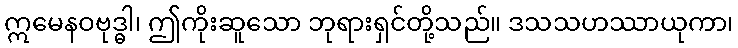
ဣမေနဝဗုဒ္ဓါ၊ ဤကိုးဆူသော ဘုရားရှင်တို့သည်။ ဒသသဟဿာယုကာ၊